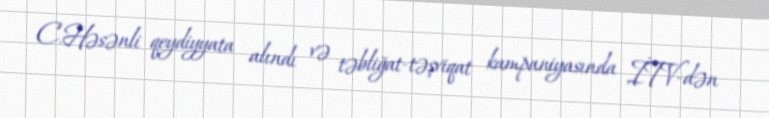
C.Həsənli qeydiyyata alındı və təbliğat-təşviqat kampaniyasında İTV-dən